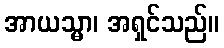
အာယသ္မာ၊ အရှင်သည်။